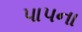
પાપના